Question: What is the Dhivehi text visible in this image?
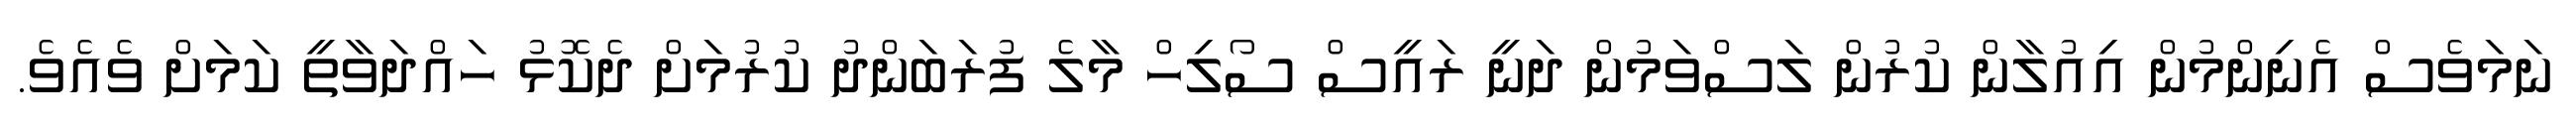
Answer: ނަމަވެސް އެނިންމުން އިއުލާން ކުރުން ލަސްވަމުން ދަނީ ރައީސް ސޯލިހް މާލެ ފުރަބަންދު ކުރުމަށް ދެކޮޅު ހައްދަވާތީ ކަމަށް ވެއެވެ.